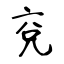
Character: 兗